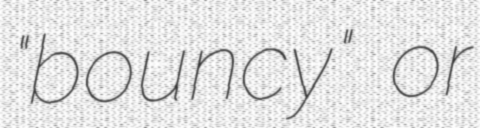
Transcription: "bouncy" or